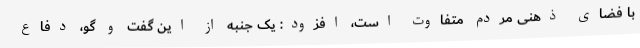
با فضای ذهنی مردم متفاوت است، افزود: یک جنبه از این گفت و گو، دفاع